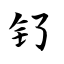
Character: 钌